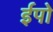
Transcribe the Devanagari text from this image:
ईपो